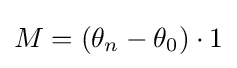
M=(\theta _{n}-\theta _{0})\cdot 1